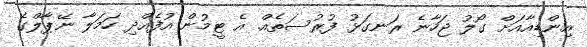
އިންޑިއާއަށް ގޯލު ޖަހާނެ ރަނގަޅު ފުރުސަތެއް. އެ ޓީމުން އުފެއްދި ހަމަލާ ނޭޕާލްގެ